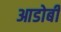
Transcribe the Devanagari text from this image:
आडोबी